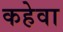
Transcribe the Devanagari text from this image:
कहेवा